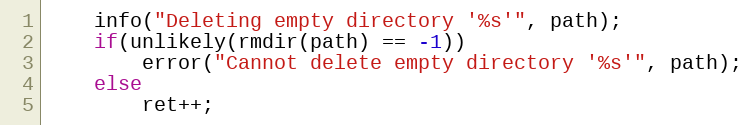
Language: C
    info("Deleting empty directory '%s'", path);
    if(unlikely(rmdir(path) == -1))
        error("Cannot delete empty directory '%s'", path);
    else
        ret++;